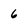
Character: 6